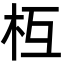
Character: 枑